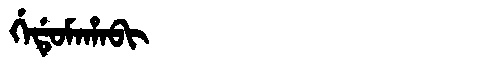
Manchu: ᡤᡝᡩᡠᠮᠠᡥᠠᠪᡳ
Romanization: GEDUMAHABI